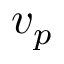
v _ { p }